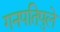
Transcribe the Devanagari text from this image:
गनपतिपुले